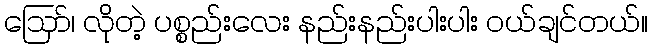
ဪ၊ လိုတဲ့ ပစ္စည်းလေး နည်းနည်းပါးပါး ဝယ်ချင်တယ်။